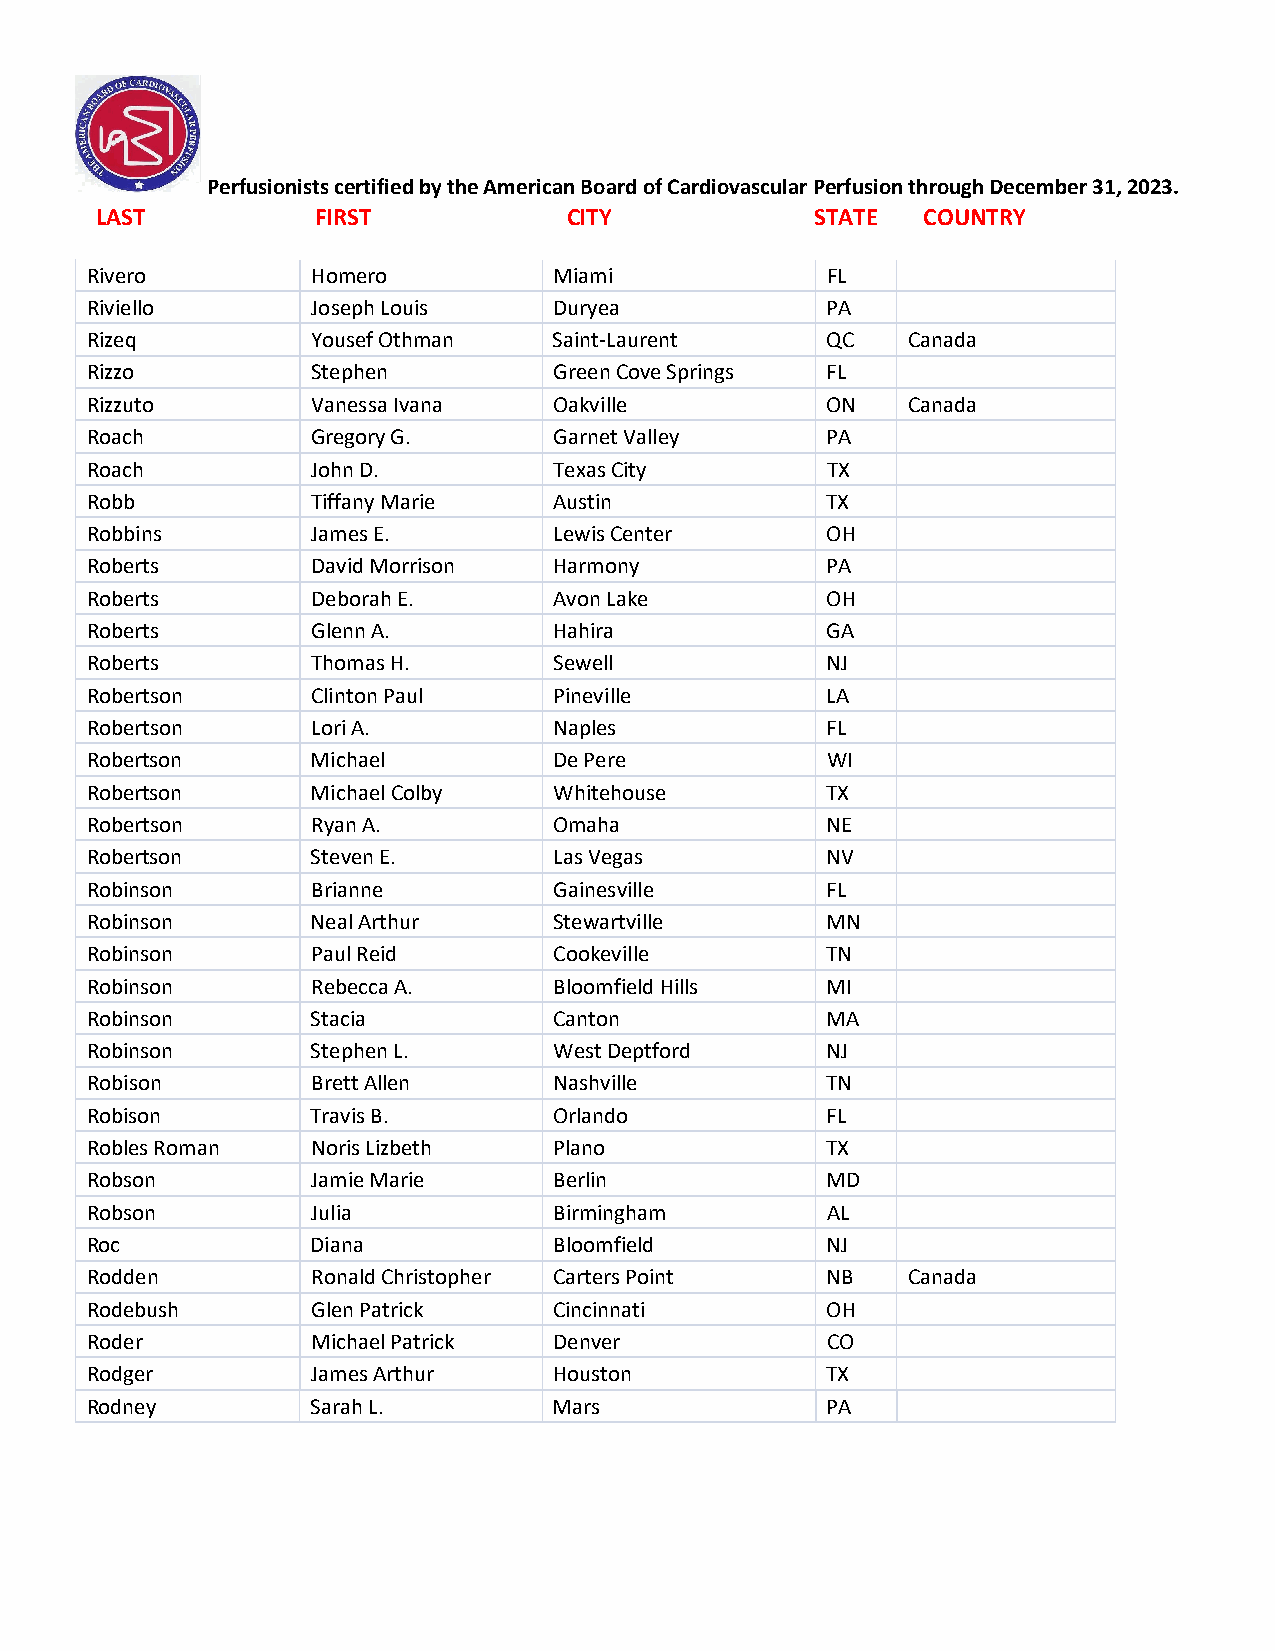
Perfusionists certified by the American Board of Cardiovascular Perfusion through December 31, 2023.
 LAST           FIRST            CITY            STATE  COUNTRY
 Rivero         Homero          Miami             FL
 Riviello       Joseph Louis    Duryea            PA
 Rizeq          Yousef Othman   Saint-Laurent     QC   Canada
 Rizzo          Stephen         Green Cove Springs FL
 Rizzuto        Vanessa Ivana   Oakville          ON   Canada
 Roach          Gregory G.      Garnet Valley     PA
 Roach          John D.         Texas City        TX
 Robb           Tiffany Marie   Austin            TX
 Robbins        James E.        Lewis Center      OH
 Roberts        David Morrison  Harmony           PA
 Roberts        Deborah E.      Avon Lake         OH
 Roberts        Glenn A.        Hahira            GA
 Roberts        Thomas H.       Sewell            NJ
 Robertson      Clinton Paul    Pineville         LA
 Robertson      Lori A.         Naples            FL
 Robertson      Michael         De Pere           WI
 Robertson      Michael Colby   Whitehouse        TX
 Robertson      Ryan A.         Omaha             NE
 Robertson      Steven E.       Las Vegas         NV
 Robinson       Brianne         Gainesville       FL
 Robinson       Neal Arthur     Stewartville      MN
 Robinson       Paul Reid       Cookeville        TN
 Robinson       Rebecca A.      Bloomfield Hills  MI
 Robinson       Stacia          Canton            MA
 Robinson       Stephen L.      West Deptford     NJ
 Robison        Brett Allen     Nashville         TN
 Robison        Travis B.       Orlando           FL
 Robles Roman   Noris Lizbeth   Plano             TX
 Robson         Jamie Marie     Berlin            MD
 Robson         Julia           Birmingham        AL
 Roc            Diana           Bloomfield        NJ
 Rodden         Ronald Christopher Carters Point  NB   Canada
 Rodebush       Glen Patrick    Cincinnati        OH
 Roder          Michael Patrick Denver            CO
 Rodger         James Arthur    Houston           TX
 Rodney         Sarah L.        Mars              PA